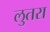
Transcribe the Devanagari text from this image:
लुतरा